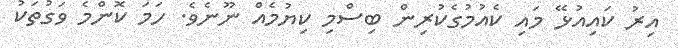
އިރު ކައިއުޅޭ މައި ކެއުމުގެކުރިން ބިސްމި ކިޔުމެއް ނޫނެވެ. ހަމަ ކޮންމެ ވަގުތަކު